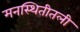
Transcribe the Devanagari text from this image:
मनस्थितीतली